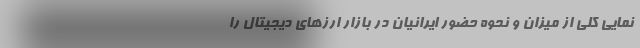
نمایی کلی از میزان و نحوه حضور ایرانیان در بازار ارزهای دیجیتال را